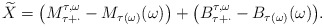
\begin{align*} \widetilde{X} = \big(M^{\tau,\omega}_{\tau +\cdot}-M_{\tau(\omega)}(\omega) \big) + \big(B^{\tau,\omega}_{\tau+ \cdot}-B_{\tau(\omega)}(\omega)\big). \end{align*}